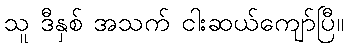
သူ ဒီနှစ် အသက် ငါးဆယ်ကျော်ပြီ။